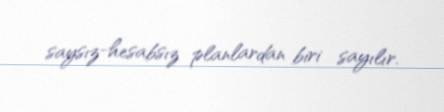
saysız-hesabsız planlardan biri sayılır.